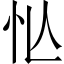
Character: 𢗅